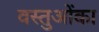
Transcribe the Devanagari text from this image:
वस्तुओंका